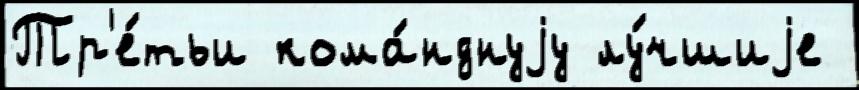
Тр'е́тьи кома́нднуjу лу́чшиjе